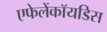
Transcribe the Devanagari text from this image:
एफेलेंकॉयडिस